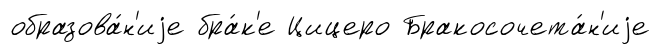
образова́н'иjе бра́к'е Цицеро Бракосочета́н'иjе